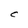
Character: C